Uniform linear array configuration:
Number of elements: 24
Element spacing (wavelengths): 0.25
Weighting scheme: exponential
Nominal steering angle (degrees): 45
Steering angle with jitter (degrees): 45.399
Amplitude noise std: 0.05
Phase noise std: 0.05

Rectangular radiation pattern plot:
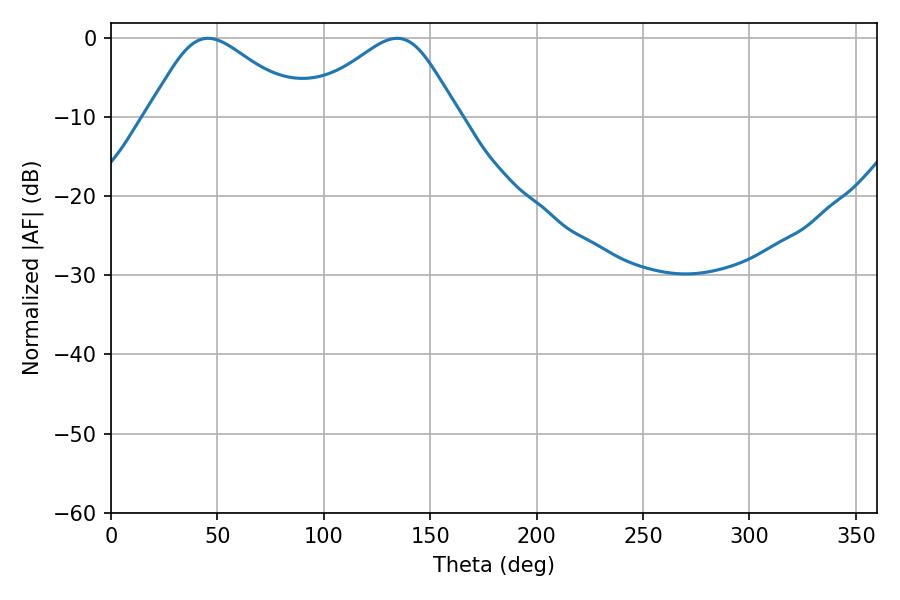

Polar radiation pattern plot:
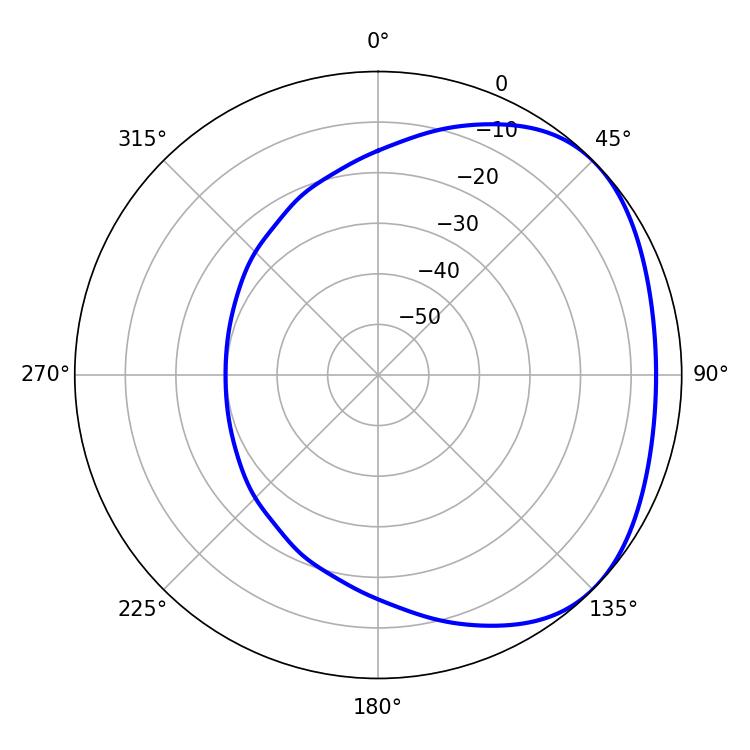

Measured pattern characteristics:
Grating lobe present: FALSE
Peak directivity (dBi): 2.663
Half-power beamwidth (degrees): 36.36
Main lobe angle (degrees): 45.54